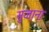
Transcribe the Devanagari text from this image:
सुजाना